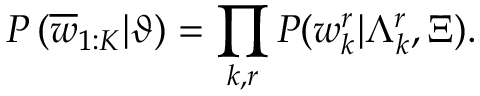
P \left( \overline { { w } } _ { 1 : K } | \vartheta \right) = \prod _ { k , r } P ( w _ { k } ^ { r } | \Lambda _ { k } ^ { r } , \Xi ) .